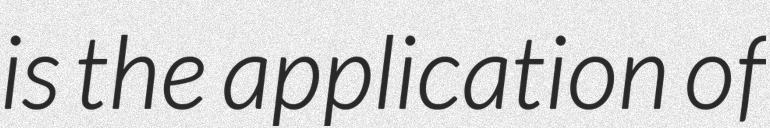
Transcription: is the application of